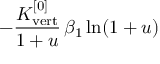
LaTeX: - \frac { K _ { \mathrm { v e r t } } ^ { [ 0 ] } } { 1 + u } \, \beta _ { 1 } \ln ( 1 + u )